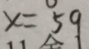
x = 5 9